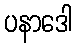
ပနာဒေါ